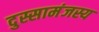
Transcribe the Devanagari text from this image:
दुस्सामंजस्य